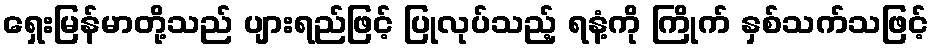
ရှေးမြန်မာတို့သည် ပျားရည်ဖြင့် ပြုလုပ်သည့် ရနံ့ကို ကြိုက် နှစ်သက်သဖြင့်